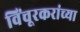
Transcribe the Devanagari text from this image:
विंचूरकरांच्या